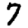
Digit: 7